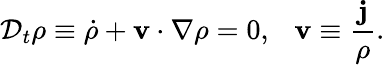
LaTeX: \mathcal{D}_{t}\rho\equiv\dot{{\rho}}+{\mathbf{v}}\cdot\nabla\rho=0,~~~{\mathbf{v}}\equiv\frac{{\mathbf{j}}}{{\rho}}.